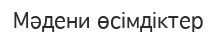
Мәдени өсімдіктер